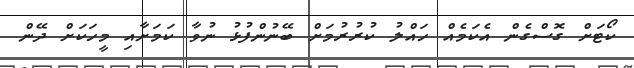
ކޯޓަށް ގޮސްގެން އެކަމެއް ހައްލު ކުރުރުމަށް ބޭނުންފުޅު ނުވާ ކަމަށާއި މީހަކަށް ދޭން